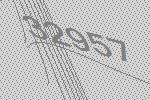
32957